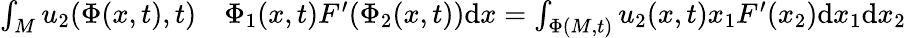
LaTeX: \begin{array}{rl}{\int_{M}u_{2}(\Phi(x,t),t)}&{{}\Phi_{1}(x,t)F^{\prime}(\Phi_{2}(x,t))\mathrm{d}x=\int_{\Phi(M,t)}u_{2}(x,t)x_{1}F^{\prime}(x_{2})\mathrm{d}x_{1}\mathrm{d}x_{2}}\end{array}